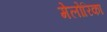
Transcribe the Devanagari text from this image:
मेलोरिका